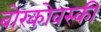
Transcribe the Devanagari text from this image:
बोरकोवस्की